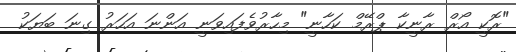
"ރޮކީ އޯރް ރާނީކާ ޕްރޭމް ކަހާނީ" މިހާރުވެފައިވަނީ އަންނަ އަހަރު ގިނަ ބަޔަކު